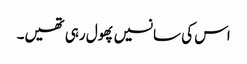
اس کی سانسیں پھول رہی تھیں۔